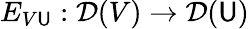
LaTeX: E_{V\mathsf{U}}:{\mathcal{{D}}}(V)\to{\mathcal{{D}}}(\mathsf{U})